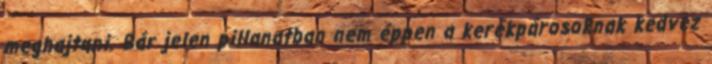
meghajtani. Bár jelen pillanatban nem éppen a kerékpárosoknak kedvez